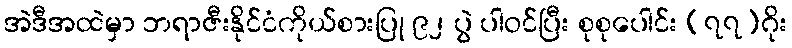
အဲဒီအထဲမှာ ဘရာဇီးနိုင်ငံကိုယ်စားပြု ၉၂ ပွဲ ပါဝင်ပြီး စုစုပေါင်း (၇၇)ဂိုး